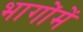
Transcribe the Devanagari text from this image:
भागोंमें